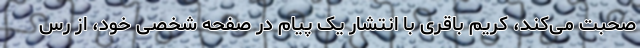
صحبت می‌کند، کریم باقری با انتشار یک پیام در صفحه شخصی خود، از رس